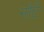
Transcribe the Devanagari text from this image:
नोटे